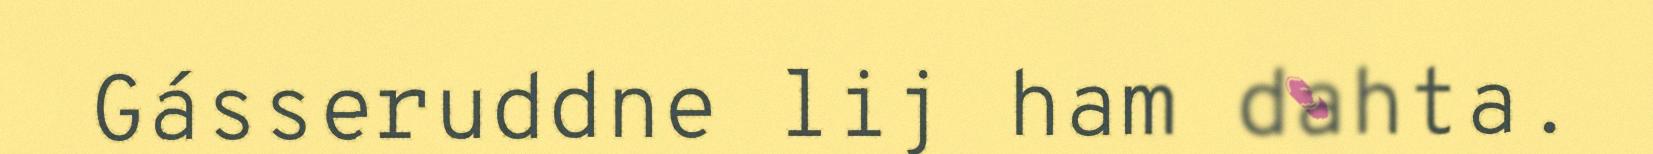
Gásseruddne lij ham dahta.